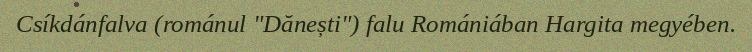
Csíkdánfalva (románul "Dănești") falu Romániában Hargita megyében.